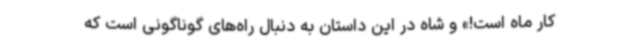
کار ماه است!» و شاه در این داستان به دنبال راه‌های گوناگونی است که